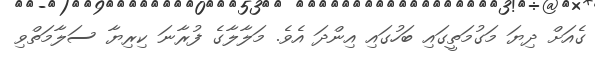
ގެއަށް ދިޔަ މަގުމަތީގައި ބަހުގައި އިންދަ އެވެ. މަލާލާގެ ފުރާނަ ކިރިޔާ ސަލާމަތްވި